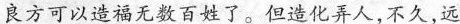
良方可以造福无数百姓了。但造化弄人，不久，远